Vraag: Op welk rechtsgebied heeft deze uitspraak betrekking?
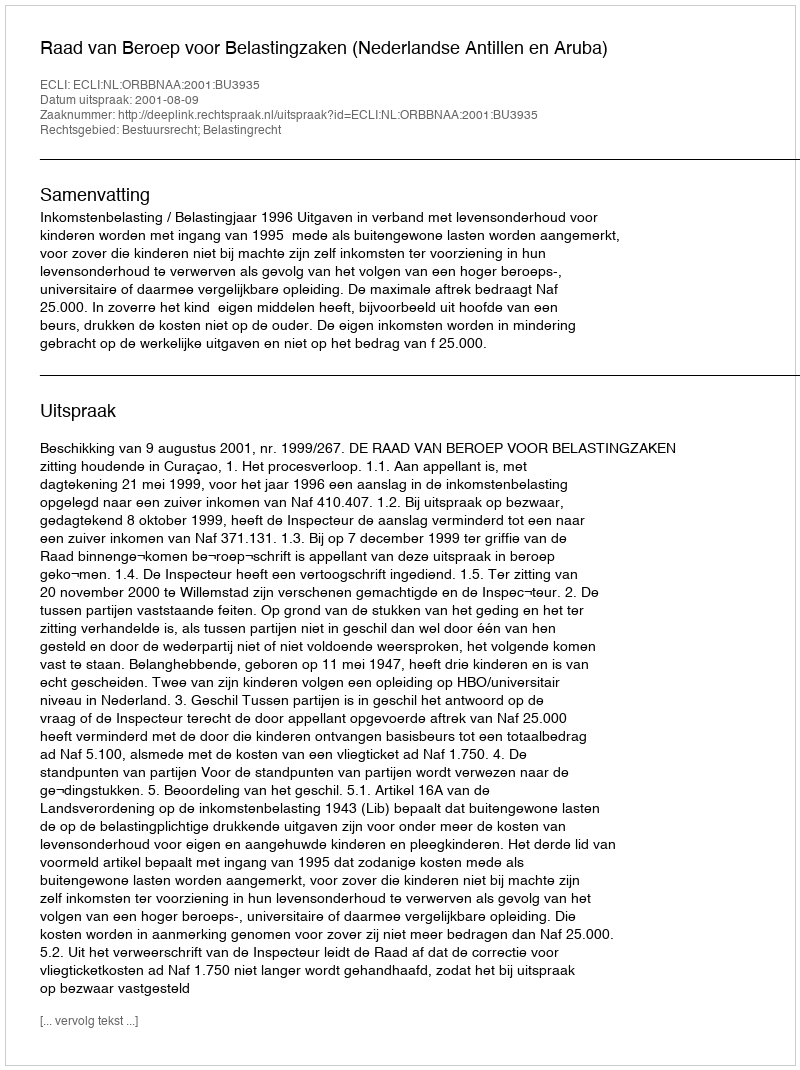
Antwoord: Bestuursrecht; Belastingrecht